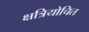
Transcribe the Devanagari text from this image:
क्षत्रियोचित